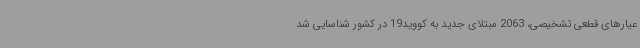
عیارهای قطعی تشخیصی، 2063 مبتلای جدید به کووید19 در کشور شناسایی شد